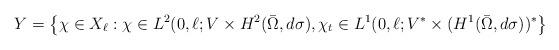
LaTeX: \begin{align*}Y=\left\{\chi\in X_\ell:\chi\in L^2(0,\ell; V\times H^2(\bar{\Omega},d\sigma),\chi_t\in L^1(0,\ell; V^*\times (H^1(\bar{\Omega},d\sigma))^*\right\}\end{align*}